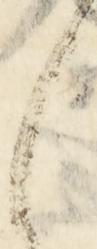
之